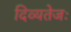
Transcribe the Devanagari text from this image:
दिव्यतेजः